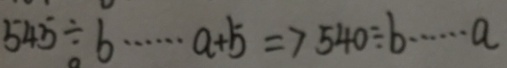
5 4 5 \div b \cdots a + 5 \Rightarrow 5 4 0 \div b \cdots a